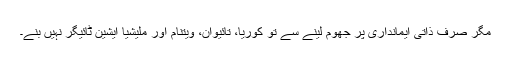
مگر صرف ذاتی ایمانداری پر جھوم لینے سے تو کوریا، تائیوان، ویتنام اور ملیشیا ایشین ٹائیگر نہیں بنے۔